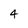
Character: 4